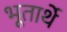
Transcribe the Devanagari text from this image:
भूतार्थे